Report on vaccination in the Province of Bengal - 1869-1873
Year: 1869
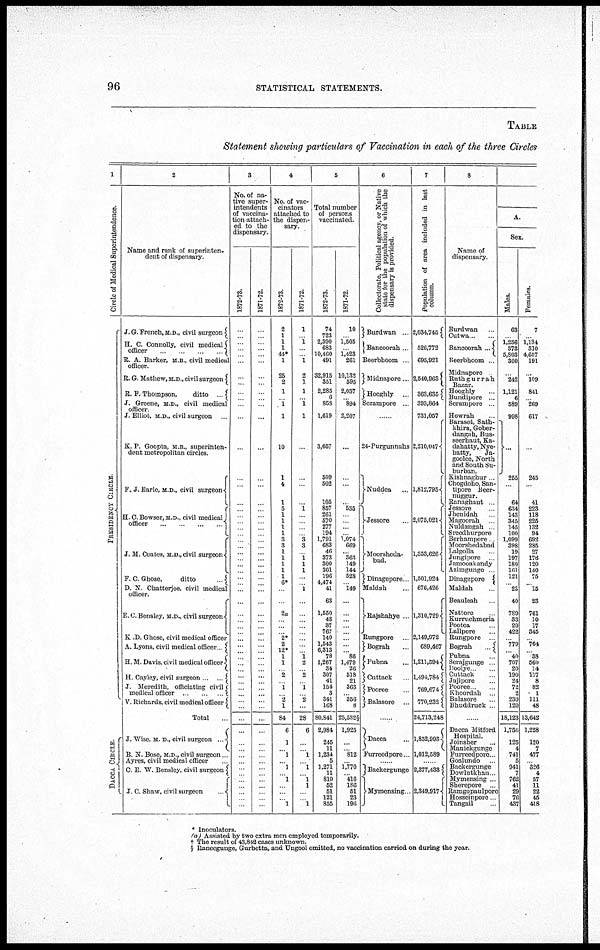
96
STATISTICAL STATEMENTS.
TABLE
Statement showing particulars of Vaccination in each of the three Circles
1
Circle of Medical Superintendence.
P RE S IDE NCY CIRCLE
DACCA CIRCLE.
2
Name and rank of superinten-
dent of dispensary.
J. G. French, M.D., civil surgeon
H. C. Connolly, civil medical
officer
...
...
...
...
R. A. Barken M. B. , civil medical
officer
R. G. Mathew, M. D, civil surgeon
R F Thompson,
ditto
...
J. Greene, M.D., civil medical
officer.
J. Elliot, M. D., civil surgeon ...
K. P. Goopta, M. B., superinten-
dent metropolitan circles.
F. J. Earle, M. D., civil surgeon
H.C. Bowser, M.D., civil medical
officer. ... ... ... ...
J. M. Coates, M. D., civil surgeon
F. C. Ghose,
ditto
...
D. N. Chatterjee, civil medical
officer.
E. C. Bensley, M. D., civil surgeon
K.D. Ghose, civil medical officer
A. Lyons, civil medical
officer.
H. M. Davis, civil medical officer
H. Cayley, civil surgeon ... ...
J. Meredith, officiating civil
medical officer
...
...
...
V. Richards, civil medical officer
Total ...
J. Wise, M. D., civil surgeon ...
B. N. Bose, M. D., civil surgeon ...
Ayres, civil medical officer ...
C. E. W. Bensley, civil surgeon
J. C. Shaw, civil surgeon
...
3
No. of na-
tive super-
intendents
of vaccina-
tion attach-
ed to the
dispensary.
1872-73.
...
...
...
...
...
...
...
...
...
...
...
...
...
...
...
...
...
...
...
...
...
...
...
...
...
...
...
...
...
...
...
...
...
...
...
...
...
...
...
...
...
...
...
...
...
...
...
...
...
...
...
...
...
...
...
...
...
...
...
1871-72.
...
...
...
...
...
...
...
...
...
...
...
...
...
...
...
...
...
...
...
...
...
...
...
...
...
...
...
...
...
...
...
...
...
...
...
...
...
...
...
...
...
...
...
...
...
...
...
...
...
...
...
...
...
...
...
...
...
...
...
4
No of vac-
cinators
attached to
the dispen-
sary.
1872-73.
2
1
1
1
44*
1
25
2
1
...
1
1
10
1
4
1
5
1 1
1
1
3
3
1
1
1
1
1
6*
...
...
2a
...
...
...
2*
2
12*
1
1
...
2
...
1
...
2
1
84
6
1
...
1
...
1
1
...
...
...
1
1871-72.
1
...
1
...
...
1
2
1
1
...
1
1
...
...
...
...
1
...
...
...
...
3
3
...
1
1
1
...
...
1
...
...
...
...
...
...
...
...
1
2
...
2
...
1
...
2
...
28
6
...
...
1
...
1
1
1
...
...
1
5
Total number
of persons
vaccinated.
1872-73.
74
723
2,390
683
10,460
491
32,915
351
2,285
6
858
1,619
3,657
509
502
105
857
261
570
277
194
1,791
683
46
373
300
301
196
4,474
41
63
1,550
43
37
767
140
1,543
6,313
78
1,267
34
307
41
154
3
341
168
80,841
2,984
245
11
1,234
5
1,271
11
819
52
51
121
855
1871-72.
10
...
1,505
...
1,423
261
10,132
595
2,037
...
894
2,207
...
...
...
...
535
...
...
...
...
1,074
669
...
363
149
144
528
...
149
...
...
...
...
...
...
...
...
86
1,479
26
518
21
363
...
356
8
25,532§
1,925
...
...
812
...
1,770
...
416
186
51
23
196
6
Collectorate, Political agency, or Native
state for the population of which the
dispensary is provided
Burdwan
Bancoorah.
Beerbhoom.
Midnapore...
Hooghly ...
Scrampore ...
...
24-Purgunnahs
Nuddea ...
Jessore ... ...
Moorsheda¬
bad.
Dinagepore
Maldah ...
Rajshahye
Rungpore
Bograh
Pubna ...
Cuttack
Pooree
Balasore
Dacca
Furreedpore
Backergunge
Mymensing
7
Population of area included in last
column.
2,034,745
526,772
695,921
2,540,963
363,635
393,864
731,057
2,210,047
1,812,795
2,075,021
1,353,626
1,501,924
676,426
1,310,729
2,149,972
689,467
1,211,594
1,494,784
769,674
770,232
24,713,248
1,852,993
1,012,589
2,377,438
2,349,917
8
Name of
dispensary.
Burdwan
Cutwa..
Bancoorah
Beerbhoom ..
Midnapore
Ruthgurrah
Bazar.
Hooghly
Bundipore
Scrampore
Howrah
Baraset, Sath¬
khira, Gober¬
dangnh, Bus¬
seerhaut, Ka¬
dahatty, Nye¬
hatty,
Ja¬
goolce, North
and South Su-
burban.
Kishnaghur
Chogdoho, San¬
tipore Beer¬
nuggur.
Ranaghaut
Jessore
Jhemdah
Magoorah
Nuldangah
Sreedhurpore
Berhampore
Moorshedabad
Lalgolla
Jungipore
Jamooakandy
Azimgunge
Dinagepore
Maldah
Beauleah
Nattore
Kurruchmena
Pootea
Lallpore
Rungpore
Bograh
Pubna
Serajgunge
Doolye
Cuttack
Jappore
Pooree
Khoordah
Balasore
Bhuddruck
Dacca Mitford
Hospital.
Joinsher ...
Mamckgunge
Furreedpore
Goalundo
Backergunge
Dowlutkhan
Mymensing
Sherepore
Ramgopaulpore
Hosseinpore
Tangail ...
A
Sex.
Males.
63
...
1,256
373
5,803
300
242
1,121
6
589
998
255
64
634
143
345
145
100
1,099
398
19
197
180
161
121
...
28
40
789
33
20
422
...
779
...
40
707
20
190
24
72
2
230
120
18,123
1,756
125
4
741
5
941
7
762
41
29
76
437
Females.
7
...
1,134
310
4,657
191
109
841
...
269
617
245
41
223
118
225
132
94
692
285
27
176
120
140
75
...
15
23
761
10
17
345
...
764
...
38
560
14
117
8
82
1
111
48
13,642
1,228
120
7
477
...
326
4
57
11
22
45
418
(a) Assisted by two extra men employed temporarily.
† The result of 43,842 cases unknown.
§ Raneegunge, Gurbetta, and Ungool omitted, no vaccination carried on during the year